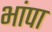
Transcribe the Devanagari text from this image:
भांपा